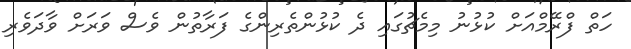
ހަތް ފްރޭމްއަށް ކުޅުނު މިމެޗުގައި ދެ ކުޅުންތެރިންގެ ފަރާތުން ވެސް ވަރަށް ވާދަވެރި